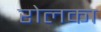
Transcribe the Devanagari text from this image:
रोलका